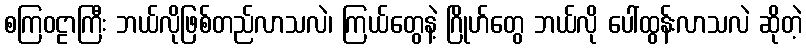
စကြဝဠာကြီး ဘယ်လိုဖြစ်တည်လာသလဲ၊ ကြယ်တွေနဲ့ ဂြိုဟ်တွေ ဘယ်လို ပေါ်ထွန်းလာသလဲ ဆိုတဲ့